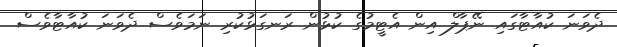
ދެވަނަ ކުއާޓާގައި ނޭޕާލް އިން އެޓީމުގެ ކުޅުން ރަނގަޅުކުރި ނަމަވެސް ދެވަނަ ކުއާޓާވެސް